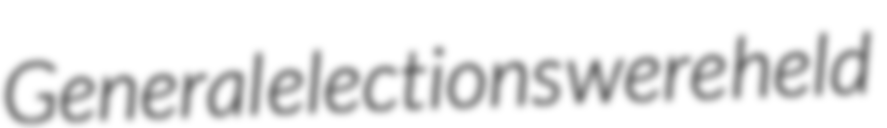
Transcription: General elections were held